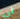
لي